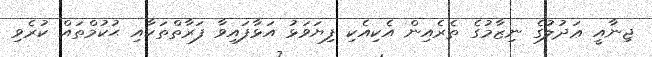
ޖިނާއީ ޢަދުލުގެ ނިޒާމުގެ ތެރެއިން އެކިއެކި ފިޔަވަޅު އަޅާފައިވާ ފަރާތްތަކާއި ޙުކުމްތައް ކުރެވި